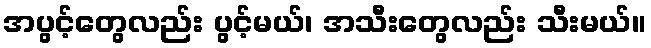
အပွင့်တွေလည်း ပွင့်မယ်၊ အသီးတွေလည်း သီးမယ်။